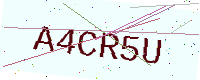
Text: A4CR5U